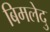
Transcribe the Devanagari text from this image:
बिमलेदु